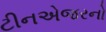
ટીનએજરનો